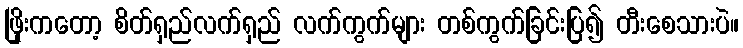
ဖြိုးကတော့ စိတ်ရှည်လက်ရှည် လက်ကွက်များ တစ်ကွက်ခြင်းပြ၍ တီးစေသားပဲ။